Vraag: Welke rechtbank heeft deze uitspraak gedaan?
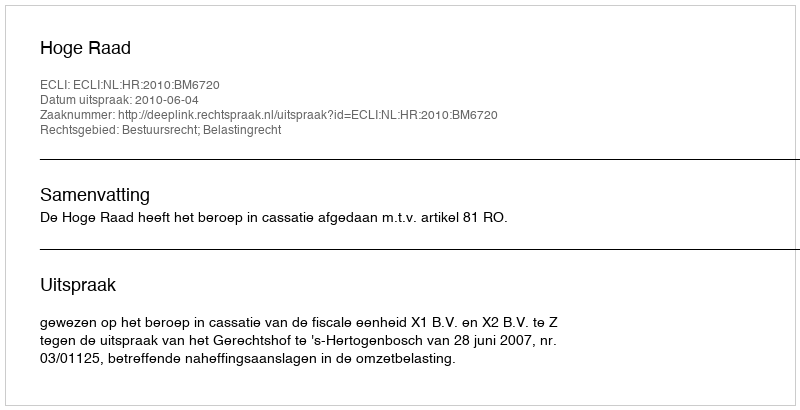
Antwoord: Hoge Raad